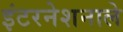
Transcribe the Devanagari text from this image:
इंटरनेशनाले